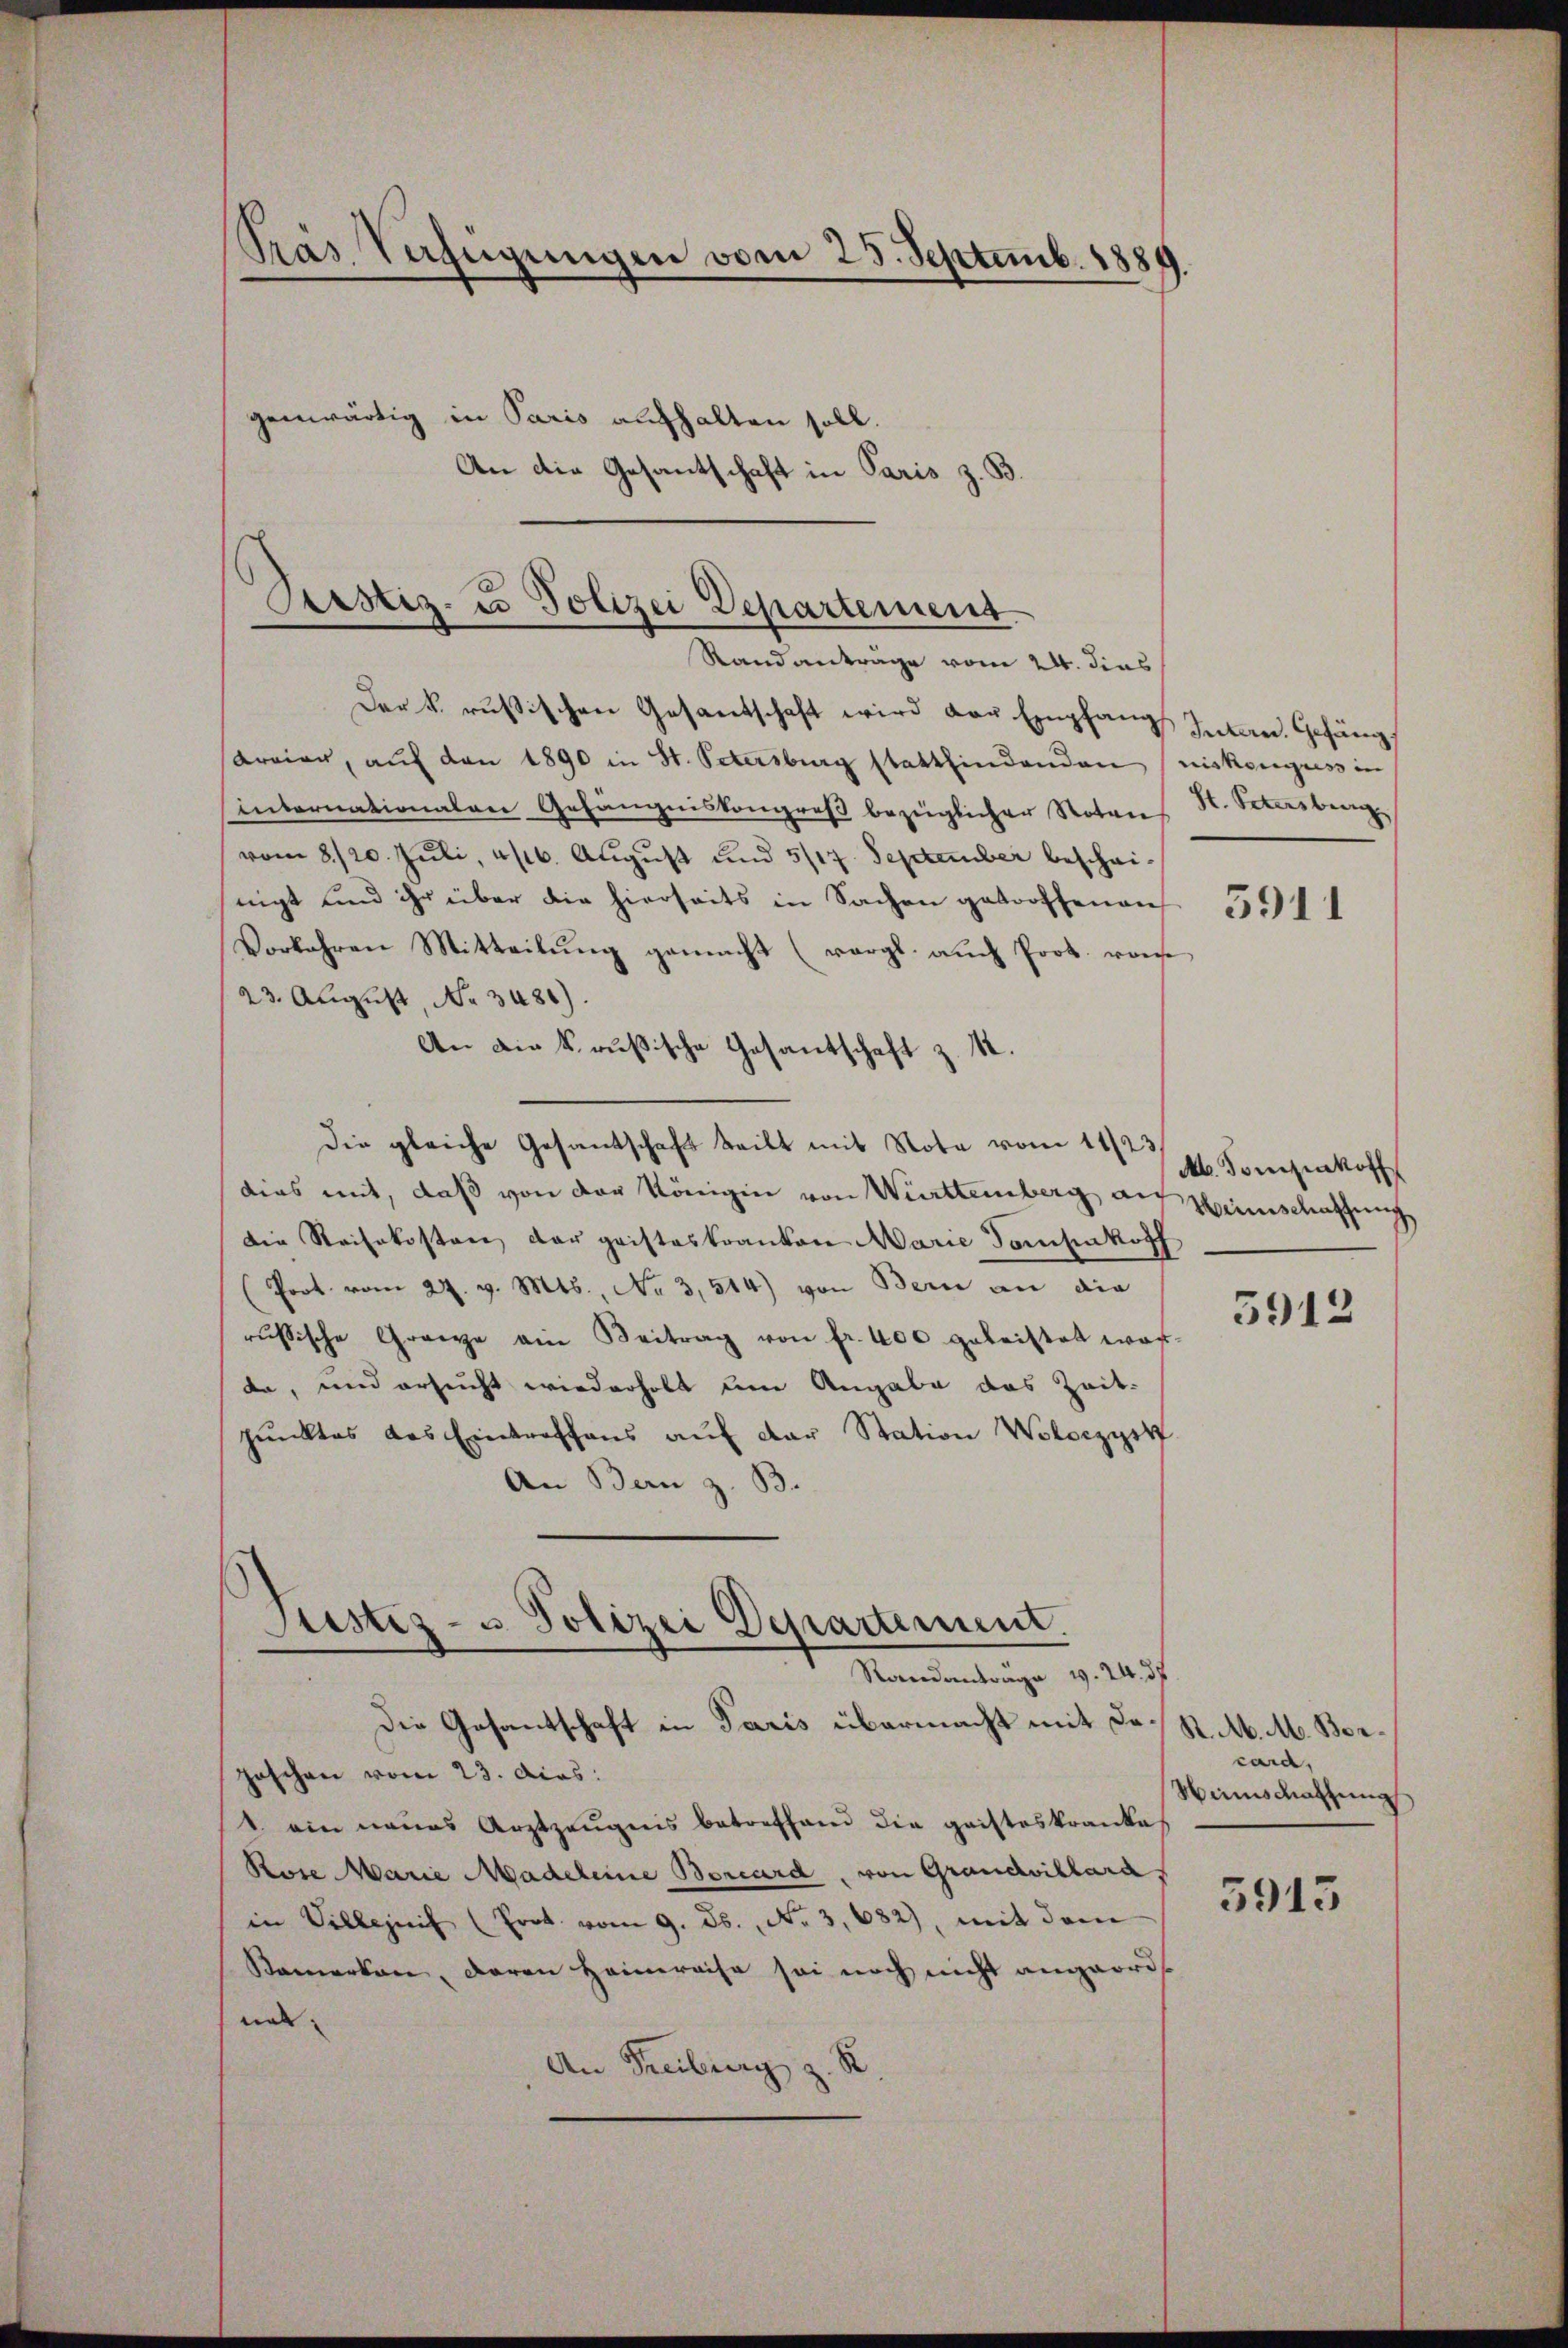
Pras Verfügungen vom 25. Septemb. 1889.
genwärtig in Paris aufhalten soll.
An die Gesantschaft in Paris z. B.

Pcstiz- u Polizei Departement.

Randanträge vom 24. dies
Der k. russischen Gesantschaft wird der Empfangs Intern. Gefäng
Freien, aŭf den 1890 in St. Petersburg stattfindenden (niskongress in
internationalen Gefängniskongreß bezüglicher Notars H. Petersburg
vom 8./20. Juli, 4/16. August und 5/17. September bescheinigt und ihr über die hierseits in Sachen getroffenen
Vorkehren Mitteilung gemacht (vergl. auch Prot. vonse
23. August, No. 3481).
An die krußische Gesantschaft z. B.
die gleiche Gesandschaft teilt mit Nota vom 11/23.
dias mit, daß von der Königin von Württemberg auf Hirnschaffung
Die Reisekosten der geisteskranken Marie Torchenkopf
(Poot. vom 27. v. Mts. No 3,514) von Bern an die
russische Grenze ein Beitrag von fr. 400 geleistet war.
da, und ersucht wiederholt um Angabe das Zeit-
pŭnktes des Eintreffens aŭf der Station Wolczyst
An Bern z. B.
Justiz- u Polizei Departement.
Randantrage v. 24. 37
Die Gesantschaft in Paris übermacht mit dagaschen vom 23. dcas:
1 ein neues Arztzeŭgnis betreffend die gaisteskranke
Rose Marie Madeleine Borcard, von Grandvillara,
in Villezeit (Prot. vom 9. ds., No 3,682), mit dem
Bemerken, daran Heimreise sei noch nicht angeord
nat
An Freiburg z. R.

5911

M. Tonizenkot

5912

R. M. M. Borcard,
Hirnschatzung

3913